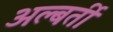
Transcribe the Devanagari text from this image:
अल्बर्ती